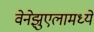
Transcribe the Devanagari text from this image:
वेनेझुएलामध्ये